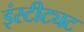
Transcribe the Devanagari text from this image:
इंस्टीट्यट